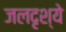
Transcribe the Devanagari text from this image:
जलदृश्ये